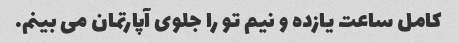
کامل ساعت یازده و نیم تو را جلوی آپارتمان می بینم.